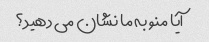
آیا منو به ما نشان می دهید؟